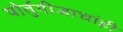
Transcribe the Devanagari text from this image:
पोर्तुगीजाचांही